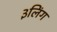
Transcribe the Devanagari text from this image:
३लिंग